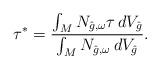
LaTeX: \begin{align*}\tau^*=\frac{\int_M N_{\hat{g},\omega}\tau\,dV_{\hat{g}}}{\int_M N_{\hat{g},\omega}\,dV_{\hat{g}}}. \end{align*}